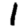
Digit: 1